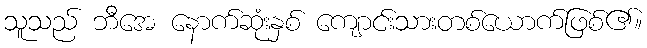
သူသည် ဘီအေ နောက်ဆုံးနှစ် ကျောင်းသားတစ်ယောက်ဖြစ်၏။